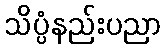
သိပ္ပံနည်းပညာ